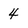
Character: 4